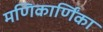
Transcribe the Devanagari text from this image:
मणिकार्णिंका